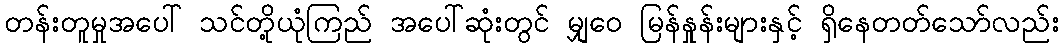
တန်းတူမှုအပေါ် သင်တို့ယုံကြည် အပေါ်ဆုံးတွင် မျှဝေ မြန်နှုန်းများနှင့် ရှိနေတတ်သော်လည်း